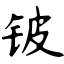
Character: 铍